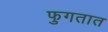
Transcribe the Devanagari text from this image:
फुगतात